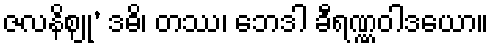
ဇလနိဈု’ ဒဓိ၊ တဿ၊ ဘေဒါ ခီရဏ္ဏဝါဒယော။